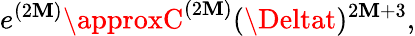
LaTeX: e^{(2\mathbf{M})}\approxC^{(2\mathbf{M})}(\Deltat)^{2\mathbf{M}+3},